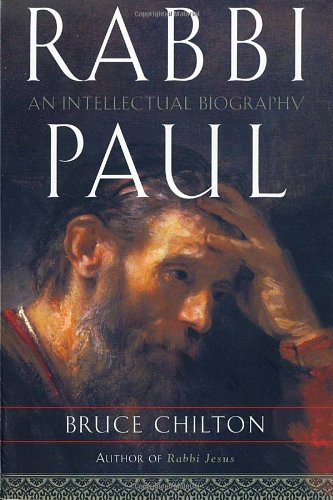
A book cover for Rabbi Paul: An Intellectual Biography; Bruce Chilton; Christian Books & Bibles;